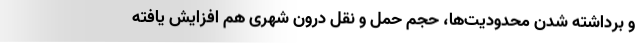
و برداشته شدن محدودیت‌ها، حجم حمل و نقل درون شهری هم افزایش یافته